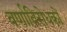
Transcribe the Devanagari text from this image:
वर्णाविरोधकों